Report on malaria in the Punjab during the year ...  together with an account of the work of the Punjab Malaria Bureau - Volume 3
Disease focus: Malaria
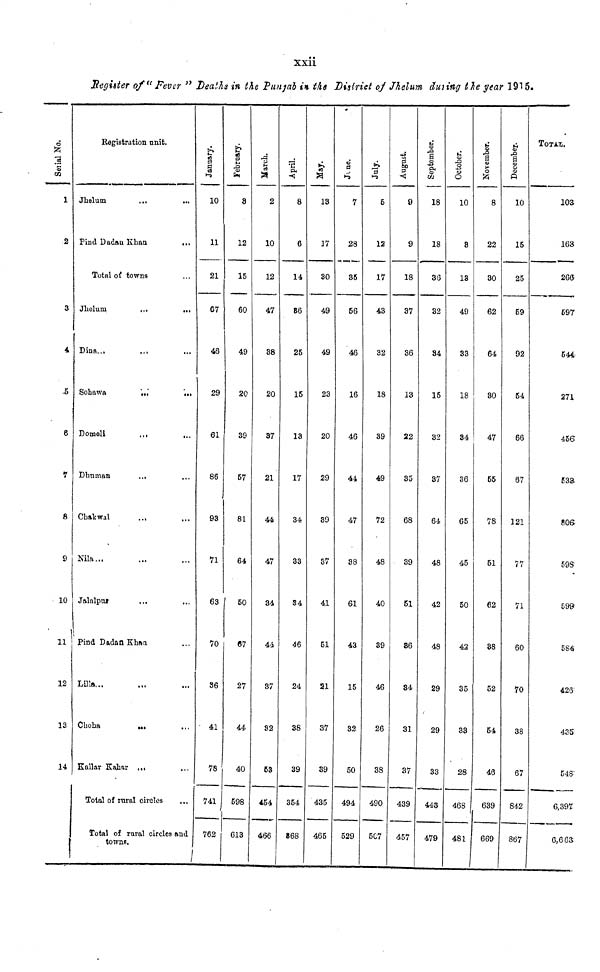
xxii
Register of "Fever" Death in the Punjab in the District of Jhelum during the year 1915.
Serial No.
1
2
3
4
5
6
7
8
9
10
11
12
13
14
Registration unit.
Jhelum ... ...
Pind Dadau Khan
... ...
Total of towns
Jhelum
...
...
Dina... ... ...
Sohawa
...
...
Domeli ... ...
Dhnman
... ...
Chakwal
... ...
Nila... ... ...
Jalalpur
...
...
Pind Dadan Khan ...
Lilla...
Choha
... ...
Kallar Kahar ... ...
Total of rural circles
...
Total of rural circles and
towns.
January.
10
11
21
67
46
29
61
86
93
71
63
70
86
41
78
741
762
February.
8
12
15
60
49
20
39
67
81
64
50
67
27
44
40
598
613
March.
2
10
12
47
38
20
37
21
44
47
34
44
37
82
63
454
466
April.
8
6
14
86
25
15
13
17
34
33
S4
46
24
38
39
354
868
May.
13
17
30
49
49
23
20
29
39
37
41
51
21
37
39
435
465
June.
7
28
35
56
46
16
46
44
47
38
61
43
15
32
50
494
529
July.
5
12
17
43
32
18
39
49
72
48
40
39
46
26
38
490
5C7
August.
9
9
18
37
36
13
22
35
68
39
51
86
34
31
37
439
457
September.
18
18
36
32
34
15
32
37
64
48
42
48
29
29
33
443
479
October.
10
8
13
49
33
18
34
36
65
45
50
42
35
33
28
468
481
November.
8
22
30
62
64
30
47
55
78
51
62
88
52
54
46
639
669
December.
10
15
25
59
92
54
66
67
121
77
71
60
70
38
67
842
867
TOTAL.
103
163
266
697
544
271
456
533
806
598
598
584
426
485
548
6,397
6,663